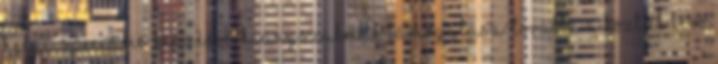
helyi, speciális képzések, hiányszakmák támogatása. Továbbá a köztük lévő